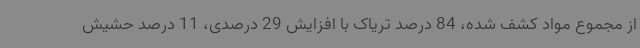
از مجموع مواد کشف شده، 84 درصد تریاک با افزایش 29 درصدی، 11 درصد حشیش